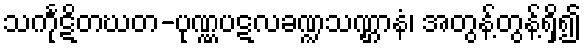
သင်္ကုဋိတဃတ-ပုဏ္ဏပဋလခဏ္ဍသဏ္ဌာနံ၊ အတွန့်တွန့်ရှိ၍